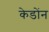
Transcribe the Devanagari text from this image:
केडोंन